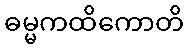
ဓမ္မကထိကောတိ